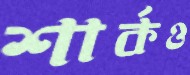
শার্কও